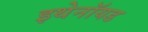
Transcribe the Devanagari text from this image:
इथेनॉयड